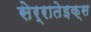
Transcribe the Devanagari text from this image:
सेर्रातेइक्स